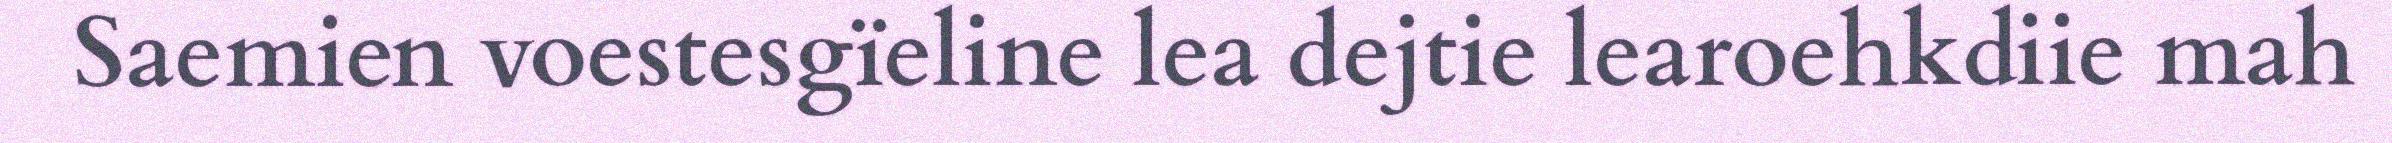
Saemien voestesgïeline lea dejtie learoehkdiie mah